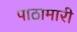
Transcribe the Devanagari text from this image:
पाठामारी